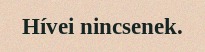
Hívei nincsenek.